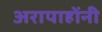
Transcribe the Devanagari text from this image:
अरापाहोंनी